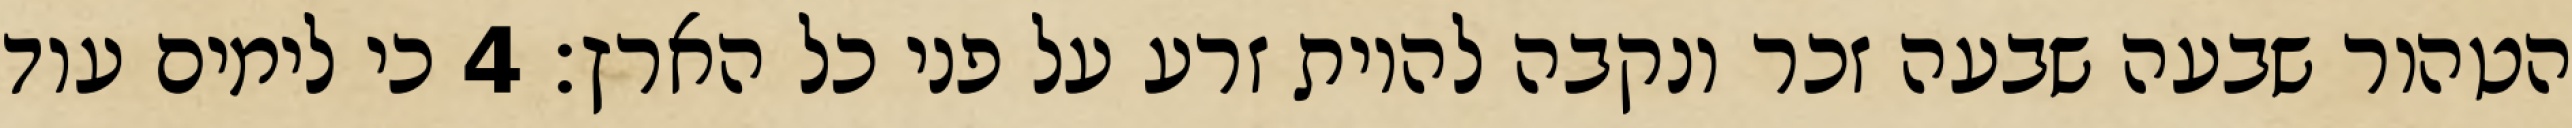
הטהור שבעה שבעה זכר ונקבה להיות זרע על פני כל הארץ׃ ‎4‏ כי לימים עוד